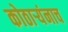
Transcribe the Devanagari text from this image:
कोठार्‍यंनाच